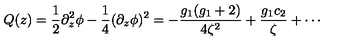
Q ( z ) = \frac { 1 } { 2 } \partial _ { z } ^ { 2 } \phi - \frac { 1 } { 4 } ( \partial _ { z } \phi ) ^ { 2 } = - \frac { g _ { 1 } ( g _ { 1 } + 2 ) } { 4 \zeta ^ { 2 } } + \frac { g _ { 1 } c _ { 2 } } { \zeta } + \cdots